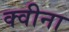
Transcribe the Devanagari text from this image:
क्वीना